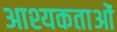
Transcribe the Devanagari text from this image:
आश्यकताओं